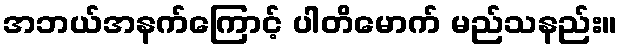
အဘယ်အနက်ကြောင့် ပါတိမောက် မည်သနည်း။